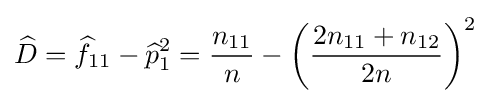
{\widehat {D}}={\widehat {f}}_{11}-{\widehat {p}}_{1}^{2}={\frac {n_{11}}{n}}-\left({\frac {2n_{11}+n_{12}}{2n}}\right)^{2}